Kures,_Voldemar, lk 18
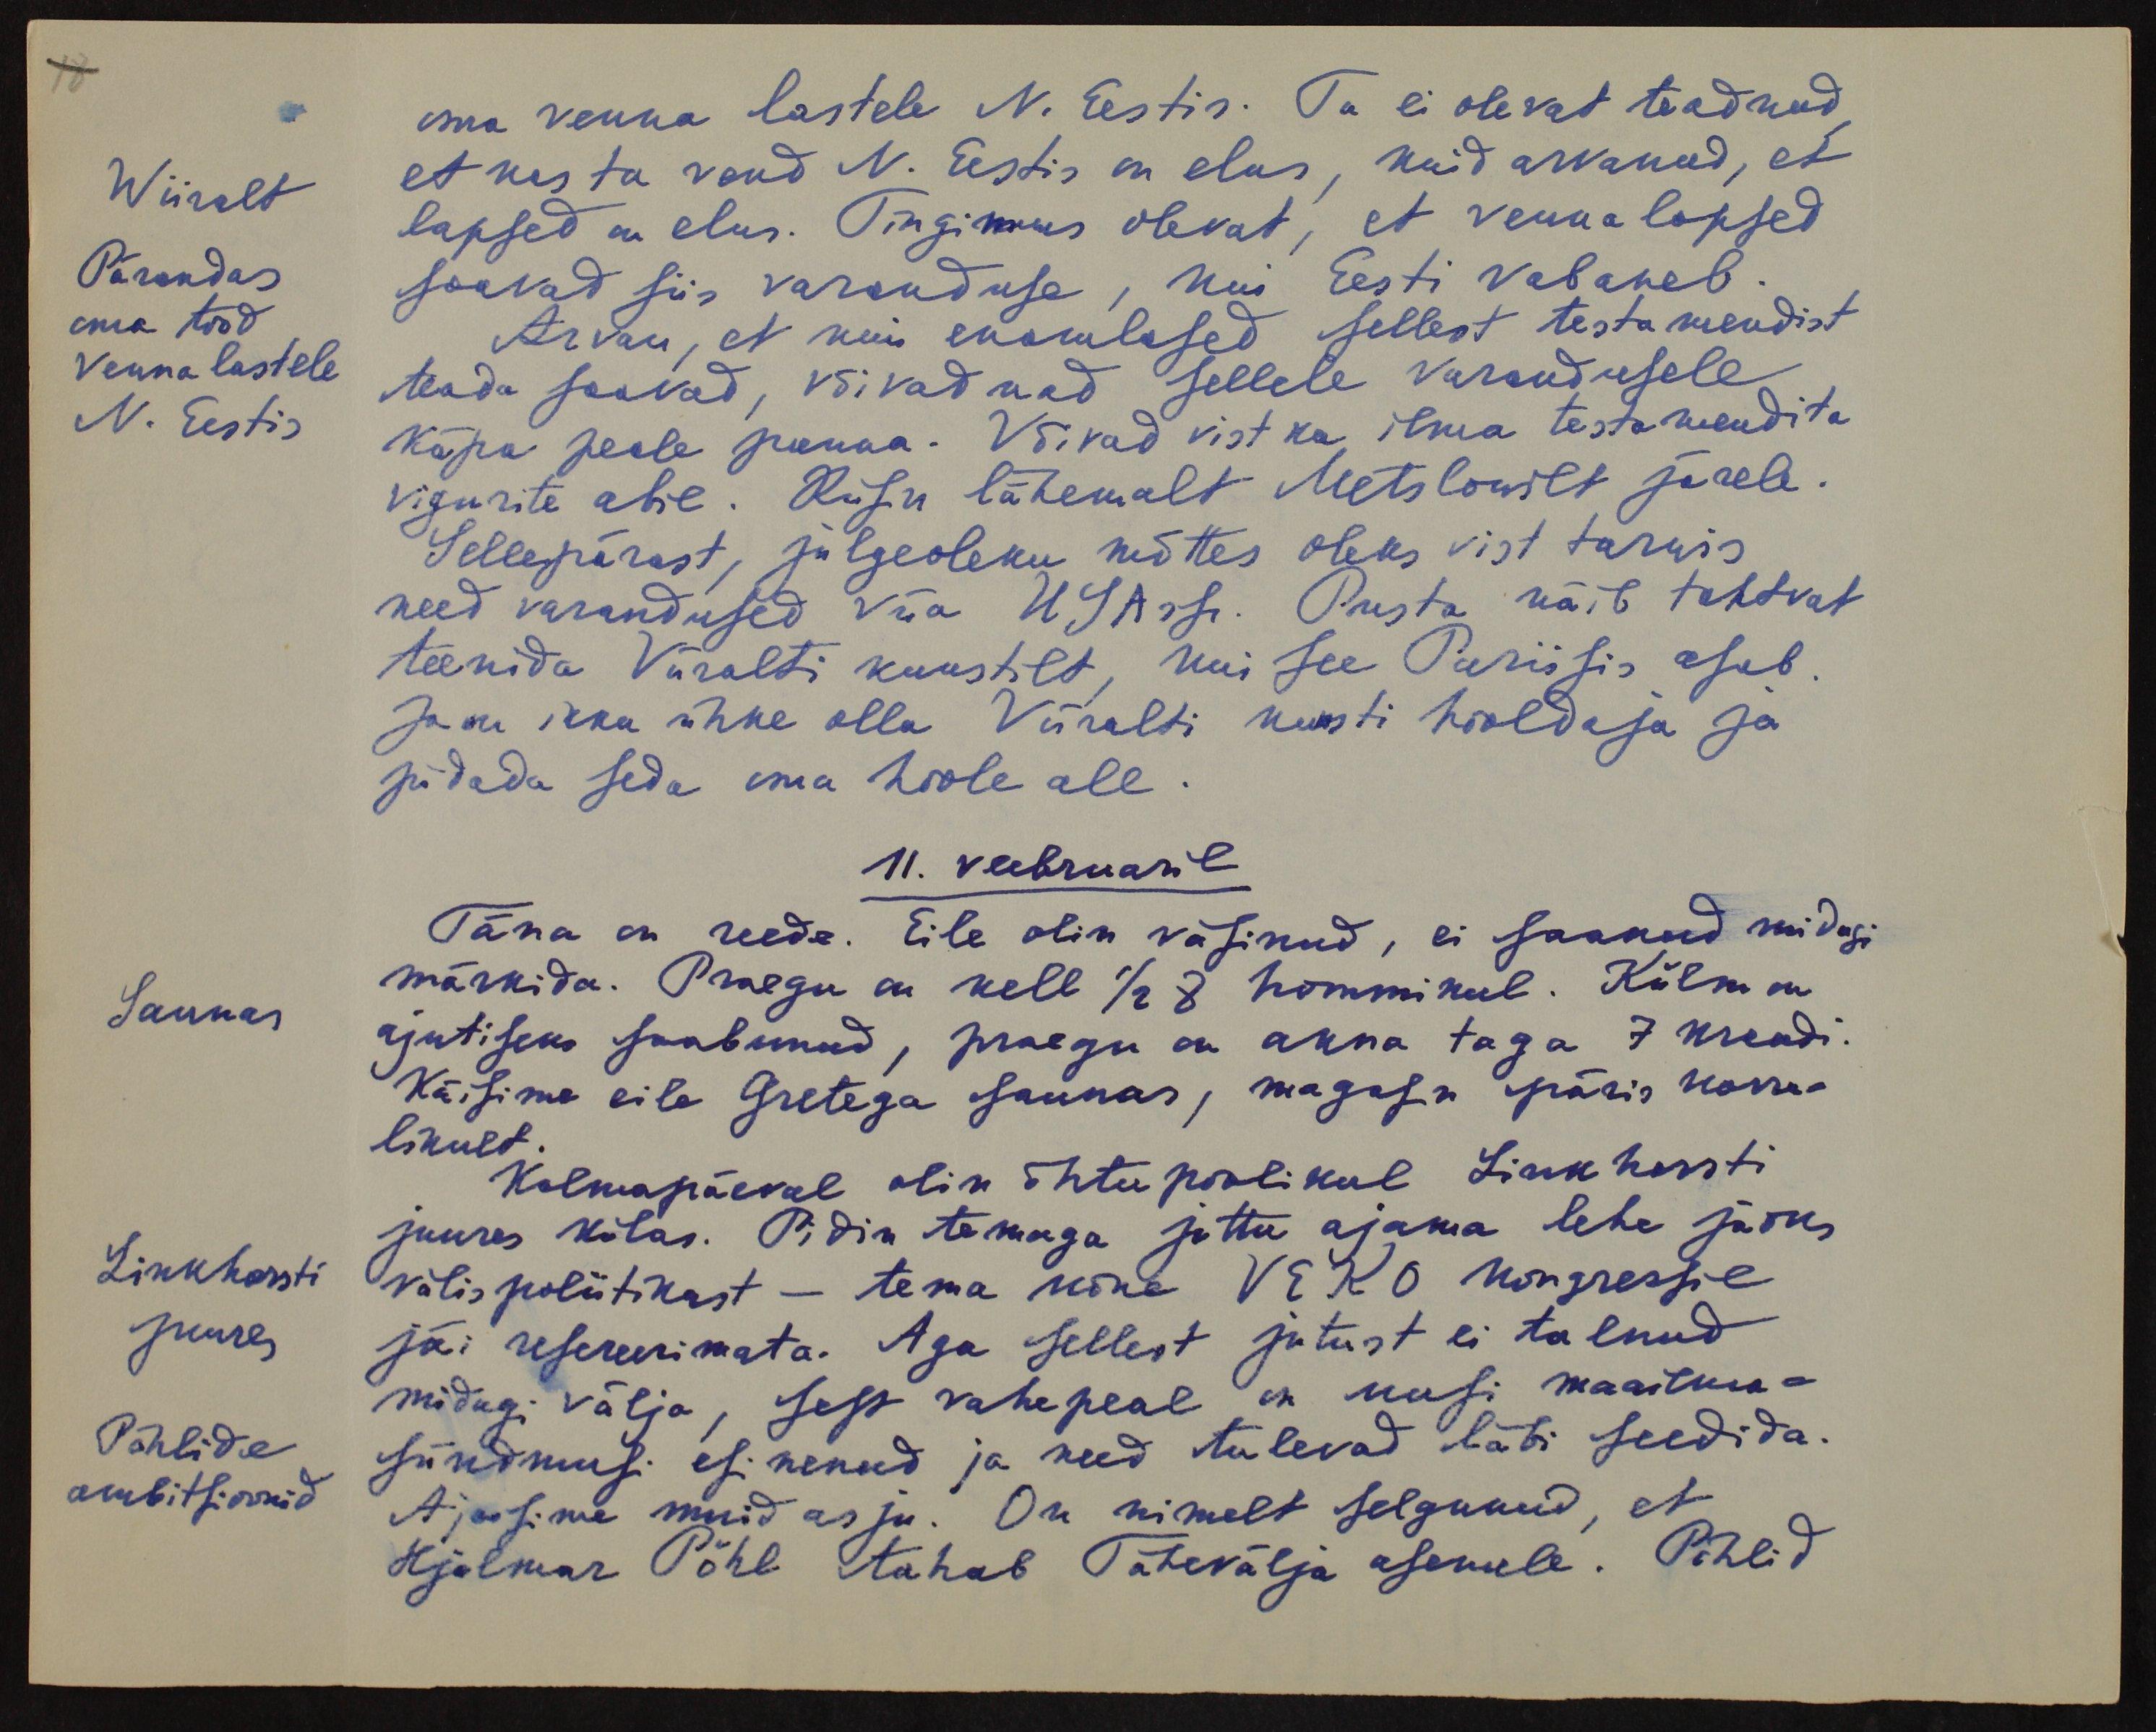
oma venna lastele N. Eestis. Ta ei olevat teadnud
Wiiralt
Pärandas
oma tööd
Venna lastele
N. Eestis
et kes ta vend N. Eestis on elus, kuid arvanud, et
lapsed on elus. Tingimus olevat, et venna lapsed
saavad siis varanduse, kui Eesti vabaneb.
Arvan, et kui enamlased sellest testamendist
teada saavad, võivad nad sellele varandusele
käpa peale panna. Võivad vist ka ilma testamendita
vigurite abil. Kasu lähemalt Metslowilt järele.
Sellepärast, julgeoleku mõttes oleks vist tarwis
need varandused viia USAsse. Pusta näib tahtvat
teenida Viiralti kunstilt, kui see Pariisis asub
Ja on ikka uhke olla Viiralti kunsti hooldaja ja
pidada seda oma hoole all.
11. veebruaril
Täna on reede. Eile olin väsinud, ei saanud midagi
Saunas
märkida. Praegu on kell 1/2 8 hommikul. Külm on
ajutiseks saabunud, praegu on akna taga 7 kraadi.
Käisime eile Gretega saunas, magasin päris korra-
likult.
Kolmapäeval olin õhtu poolikul Linkhorsti
juures külas. Pidin temaga juttu ajama lehe jaoks
Linkhorsti
juures
Pöhlide
ambitsioonid
välispoliitikast - tema kõne VEKO kongressil
jäi refereerimata. Aga sellest jutust ei tulnud
midagi välja, sest vahepeal on uusi maailma-
sündmusi esinenud ja need tulevad läbi seedida.
Ajasime muid asju. On nimelt selgunud, et
Hjalmar Pöhl tahab Tähevälja asemele. Pöhlid